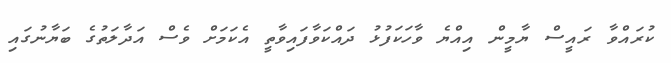
ކުރައްވާ ރައީސް ޔާމީން އިއްޔެ ވާހަކަފުޅު ދައްކަވާފައިވާތީ އެކަމަށް ވެސް އަދާލަތުގެ ބަޔާނުގައި